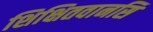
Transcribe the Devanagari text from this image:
शिक्षितवानसि